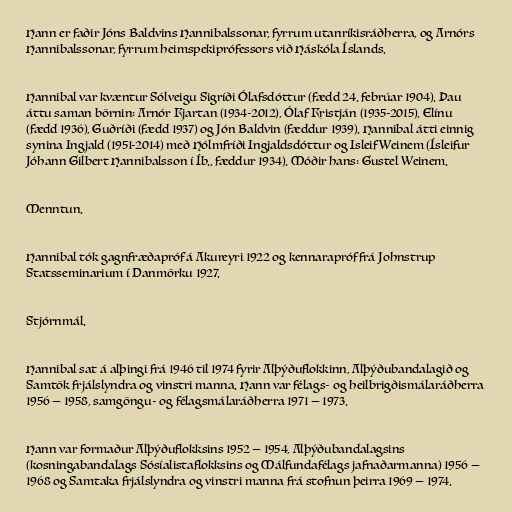
Hann er faðir Jóns Baldvins Hannibalssonar, fyrrum utanríkisráðherra, og Arnórs
Hannibalssonar, fyrrum heimspekiprófessors við Háskóla Íslands.

Hannibal var kvæntur Sólveigu Sigríði Ólafsdóttur (fædd 24. febrúar 1904). Þau
áttu saman börnin: Arnór Kjartan (1934-2012), Ólaf Kristján (1935-2015), Elínu
(fædd 1936), Guðríði (fædd 1937) og Jón Baldvin (fæddur 1939). Hannibal átti einnig
synina Ingjald (1951-2014) með Hólmfríði Ingjaldsdóttur og Isleif Weinem (Ísleifur
Jóhann Gilbert Hannibalsson í Íb., fæddur 1934). Móðir hans: Gustel Weinem.

Menntun.

Hannibal tók gagnfræðapróf á Akureyri 1922 og kennarapróf frá Johnstrup
Statsseminarium í Danmörku 1927.

Stjórnmál.

Hannibal sat á alþingi frá 1946 til 1974 fyrir Alþýðuflokkinn, Alþýðubandalagið og
Samtök frjálslyndra og vinstri manna. Hann var félags- og heilbrigðismálaráðherra
1956 — 1958, samgöngu- og félagsmálaráðherra 1971 — 1973.

Hann var formaður Alþýðuflokksins 1952 — 1954, Alþýðubandalagsins
(kosningabandalags Sósíalistaflokksins og Málfundafélags jafnaðarmanna) 1956 —
1968 og Samtaka frjálslyndra og vinstri manna frá stofnun þeirra 1969 — 1974.